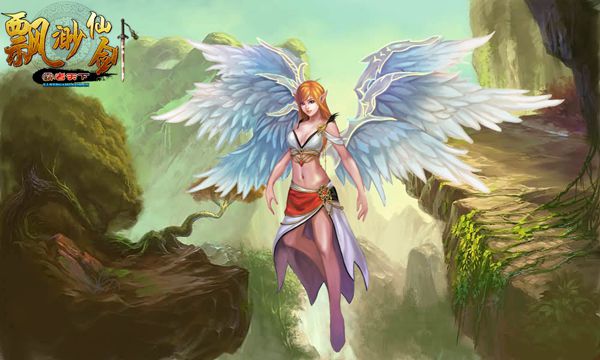
大树无枝向北风，十年遗恨泣英雄。